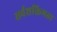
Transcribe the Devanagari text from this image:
सर्वशक्तिमता